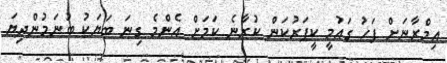
އިމްރާނަށް ފަހު ގައުމީ ކީޕަރުކަން ކުރާނެ ކަމަށް އެންމެ ގިނަ ބަޔަކު ބުނަމުންދިޔަ